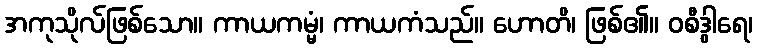
အကုသိုလ်ဖြစ်သော။ ကာယကမ္မံ၊ ကာယကံသည်။ ဟောတိ၊ ဖြစ်၏။ ဝစီဒွါရေ၊